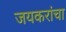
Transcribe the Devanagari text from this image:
जयकरांचा